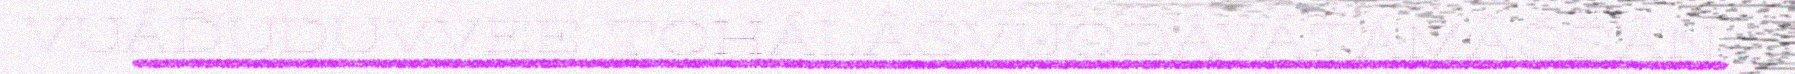
VUÁĐUDUVVEE TOHÁLÂŠVUOĐÂVÁTÁMÂŠŠÂN